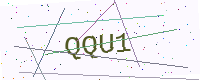
Text: QQU1